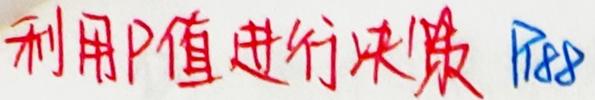
利用P值进行决策 P88